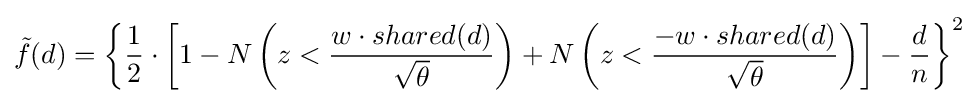
{\tilde {f}}(d)=\left\{{\frac {1}{2}}\cdot \left[1-N\left(z<{\frac {w\cdot shared(d)}{\sqrt {\theta }}}\right)+N\left(z<{\frac {-w\cdot shared(d)}{\sqrt {\theta }}}\right)\right]-{\frac {d}{n}}\right\}^{2}